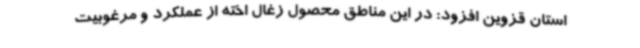
استان قزوین افزود: در این مناطق محصول زغال اخته از عملکرد و مرغوبیت